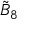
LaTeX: { \tilde { B } } _ { 8 }